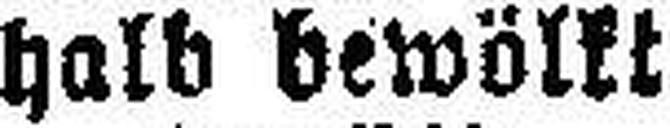
halb bewölkt